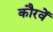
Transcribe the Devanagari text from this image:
कौरवें